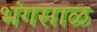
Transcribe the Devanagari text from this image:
भंगसाळ